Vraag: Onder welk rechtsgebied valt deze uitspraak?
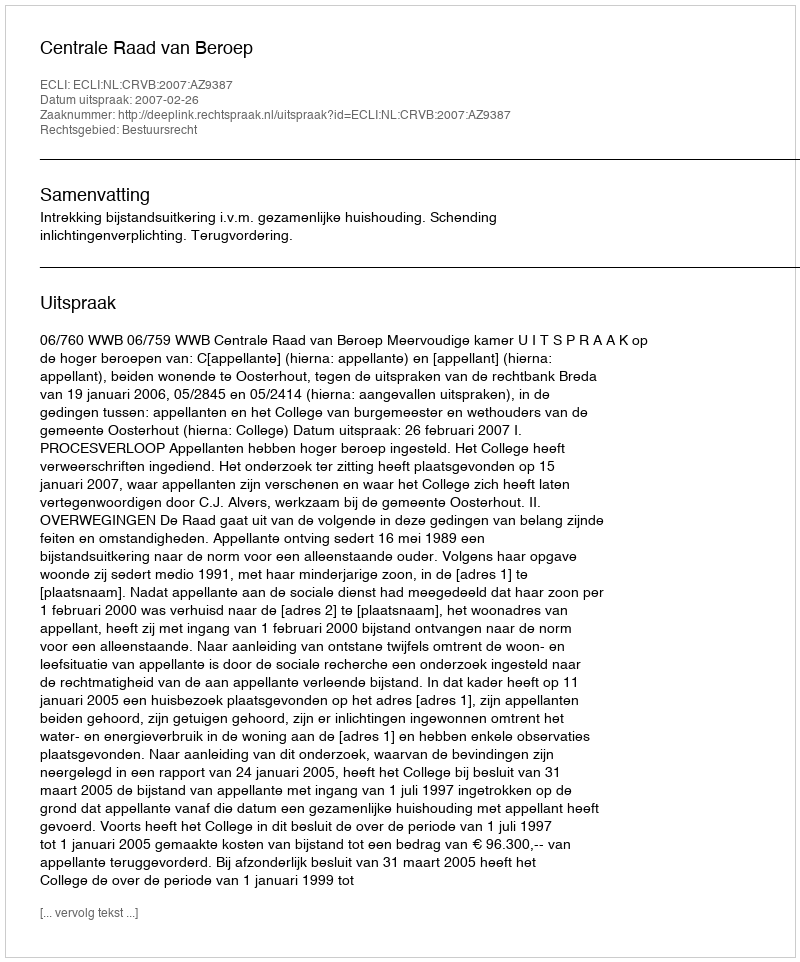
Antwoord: Bestuursrecht